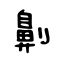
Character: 劓